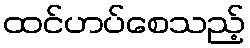
ထင်ဟပ်စေသည့်